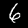
Digit: 6